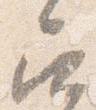
召